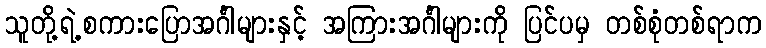
သူတို့ရဲ့စကားပြောအင်္ဂါများနှင့် အကြားအင်္ဂါများကို ပြင်ပမှ တစ်စုံတစ်ရာက